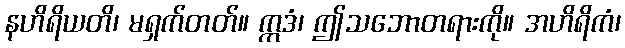
နဟိရိယတိ၊ မရှက်တတ်။ ဣဒံ၊ ဤသဘောတရားကို။ အဟိရိကံ၊